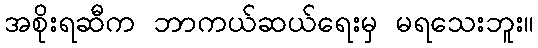
အစိုးရဆီက ဘာကယ်ဆယ်ရေးမှ မရသေးဘူး။